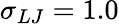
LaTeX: \sigma_{LJ}=1.0